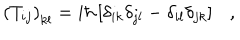
\left( T _ { i j } \right) _ { k l } = i \hbar \left[ \delta _ { i k } \delta _ { j l } - \delta _ { i l } \delta _ { j k } \right] \ \ \ ,